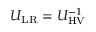
U _ { \mathrm { L R } } = U _ { \mathrm { H V } } ^ { - 1 }